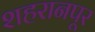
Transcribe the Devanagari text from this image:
शहरानपूर